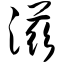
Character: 滋